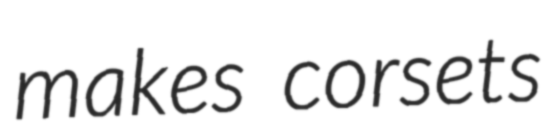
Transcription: makes corsets